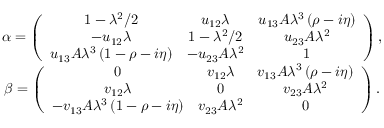
\begin{array} { c } { { \alpha = \left( \begin{array} { c c c } { { 1 - \lambda ^ { 2 } / 2 } } & { { u _ { 1 2 } \lambda } } & { { u _ { 1 3 } A \lambda ^ { 3 } \left( \rho - i \eta \right) } } \\ { { - u _ { 1 2 } \lambda } } & { { 1 - \lambda ^ { 2 } / 2 } } & { { u _ { 2 3 } A \lambda ^ { 2 } } } \\ { { u _ { 1 3 } A \lambda ^ { 3 } \left( 1 - \rho - i \eta \right) } } & { { - u _ { 2 3 } A \lambda ^ { 2 } } } & { { 1 } } \end{array} \right) , } } \\ { { \beta = \left( \begin{array} { c c c } { { 0 } } & { { v _ { 1 2 } \lambda } } & { { v _ { 1 3 } A \lambda ^ { 3 } \left( \rho - i \eta \right) } } \\ { { v _ { 1 2 } \lambda } } & { { 0 } } & { { v _ { 2 3 } A \lambda ^ { 2 } } } \\ { { - v _ { 1 3 } A \lambda ^ { 3 } \left( 1 - \rho - i \eta \right) } } & { { v _ { 2 3 } A \lambda ^ { 2 } } } & { { 0 } } \end{array} \right) . } } \end{array}